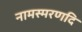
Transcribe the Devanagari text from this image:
नामस्मरणदि